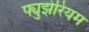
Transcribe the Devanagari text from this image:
फ्युझेरियम